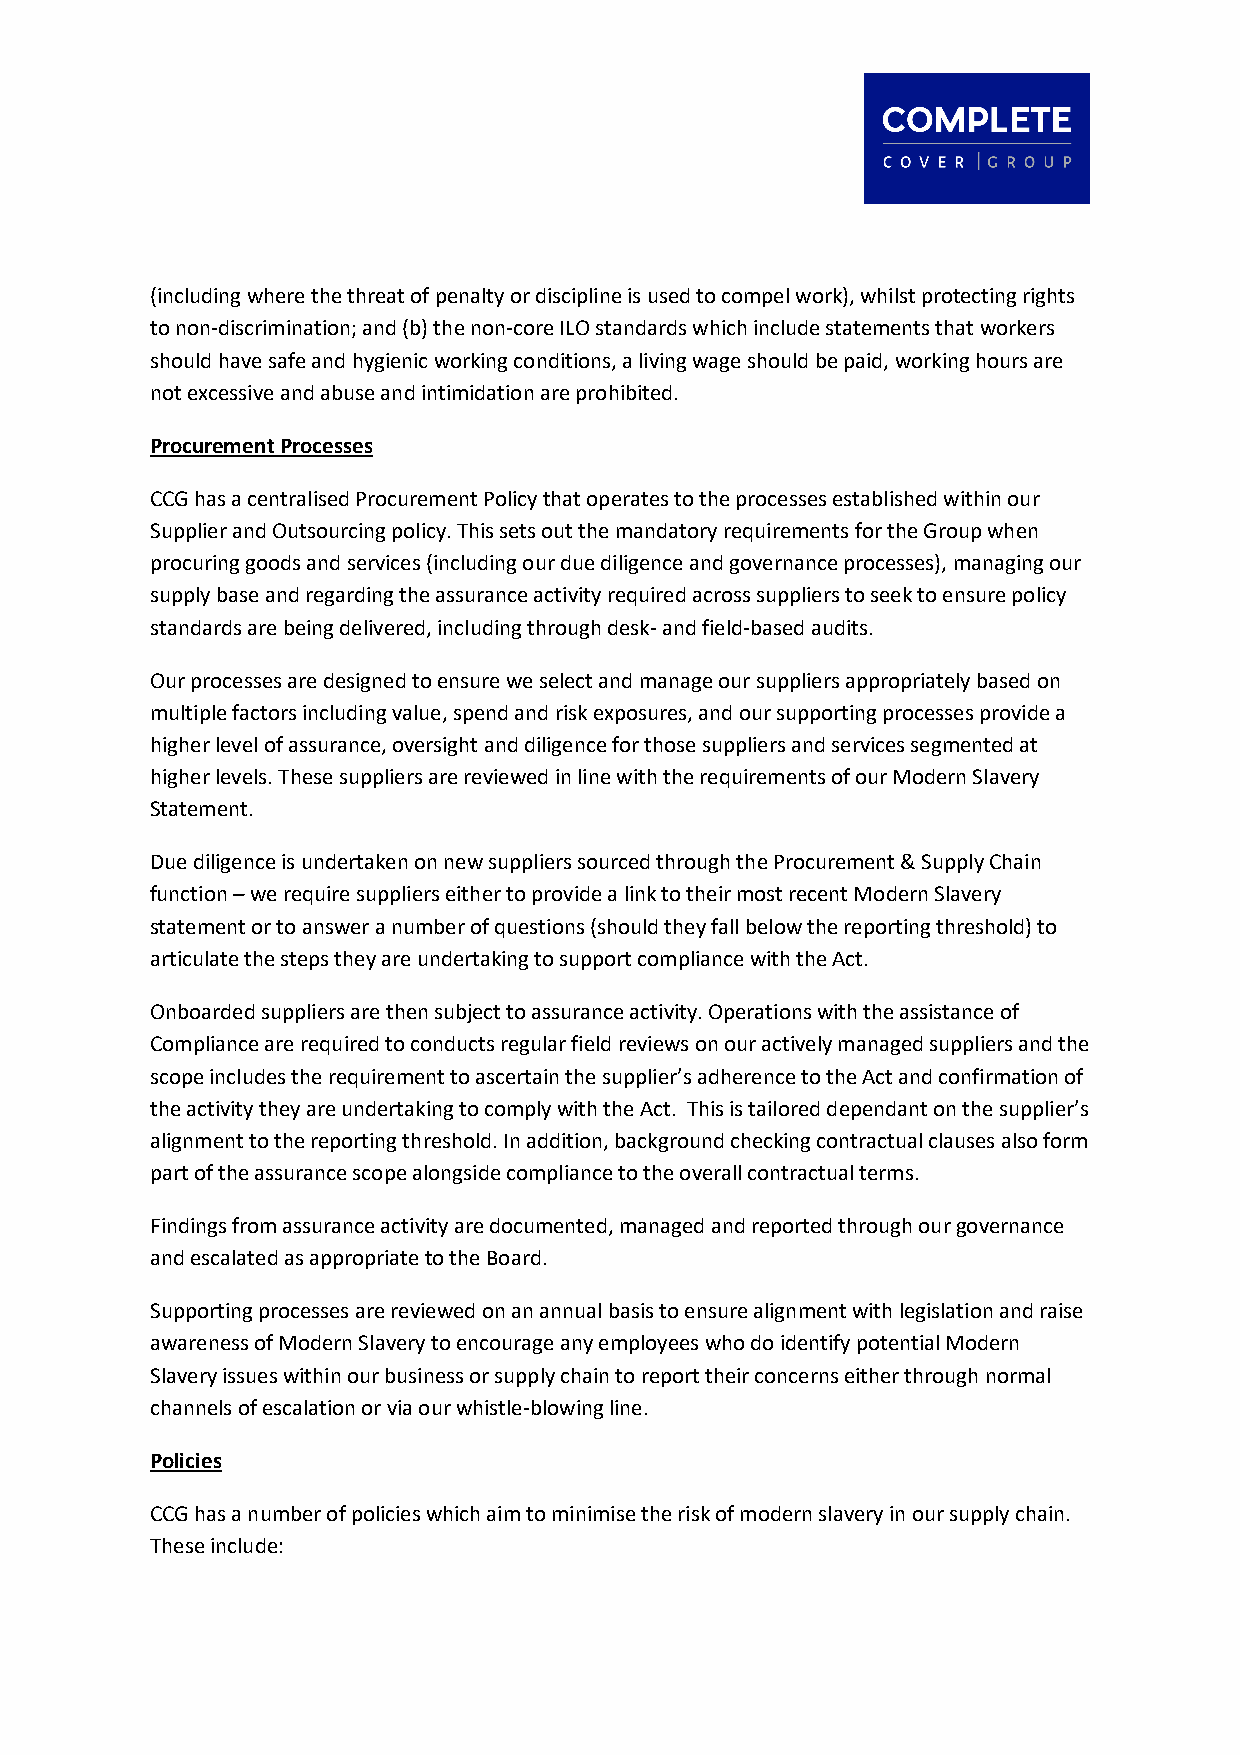
(including where the threat of penalty or discipline is used to compel work), whilst protecting rights
 to non-discrimination; and (b) the non-core ILO standards which include statements that workers
 should have safe and hygienic working conditions, a living wage should be paid, working hours are
 not excessive and abuse and intimidation are prohibited.
 Procurement Processes
 CCG has a centralised Procurement Policy that operates to the processes established within our
 Supplier and Outsourcing policy. This sets out the mandatory requirements for the Group when
 procuring goods and services (including our due diligence and governance processes), managing our
 supply base and regarding the assurance activity required across suppliers to seek to ensure policy
 standards are being delivered, including through desk- and field-based audits.
 Our processes are designed to ensure we select and manage our suppliers appropriately based on
 multiple factors including value, spend and risk exposures, and our supporting processes provide a
 higher level of assurance, oversight and diligence for those suppliers and services segmented at
 higher levels. These suppliers are reviewed in line with the requirements of our Modern Slavery
 Statement.
 Due diligence is undertaken on new suppliers sourced through the Procurement & Supply Chain
 function – we require suppliers either to provide a link to their most recent Modern Slavery
 statement or to answer a number of questions (should they fall below the reporting threshold) to
 articulate the steps they are undertaking to support compliance with the Act.
 Onboarded suppliers are then subject to assurance activity. Operations with the assistance of
 Compliance are required to conducts regular field reviews on our actively managed suppliers and the
 scope includes the requirement to ascertain the supplier’s adherence to the Act and confirmation of
 the activity they are undertaking to comply with the Act. This is tailored dependant on the supplier’s
 alignment to the reporting threshold. In addition, background checking contractual clauses also form
 part of the assurance scope alongside compliance to the overall contractual terms.
 Findings from assurance activity are documented, managed and reported through our governance
 and escalated as appropriate to the Board.
 Supporting processes are reviewed on an annual basis to ensure alignment with legislation and raise
 awareness of Modern Slavery to encourage any employees who do identify potential Modern
 Slavery issues within our business or supply chain to report their concerns either through normal
 channels of escalation or via our whistle-blowing line.
 Policies
 CCG has a number of policies which aim to minimise the risk of modern slavery in our supply chain.
 These include: